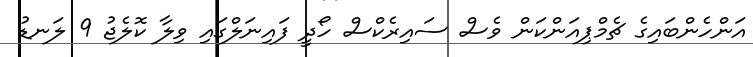
އަންހެންބައިގެ ޗެމްޕިއަންކަން ވެސް ސައިރެކްސް ހޯދީ ފައިނަލްގައި ވިލާ ކޮލެޖު 9 ލަނޑު